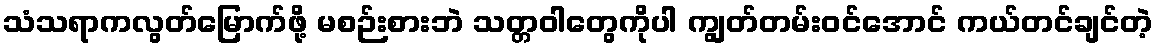
သံသရာကလွတ်မြောက်ဖို့ မစဉ်းစားဘဲ သတ္တဝါတွေကိုပါ ကျွတ်တမ်းဝင်အောင် ကယ်တင်ချင်တဲ့